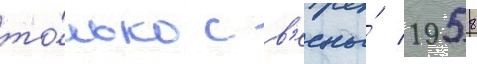
то́лько с в'есны́ 1958